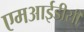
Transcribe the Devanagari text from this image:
एमआईडीसी